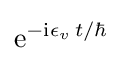
\mathrm {e} ^{-\mathrm {i} \epsilon _{v}\,t/\hbar }